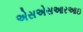
એસએસઆરઆઇ